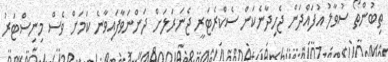
ތިބުންތޯ ސުވާލު އުފައްދަން ޖެހިދާނެކަން ސެކްރެޓަރީ ޖެނަރަލަށް ދަންނަވާފައިވާނެ ކަމަށް ވެސް މިނިސްޓަރު